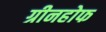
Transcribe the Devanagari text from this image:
ग्रीनहोफ